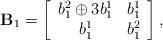
LaTeX: \begin{align*} \mathbf{B}_1 = \left[ \begin{array}{cc} b_1^2 \oplus 3b_1^1 & b_1^1 \\ b_1^1 & b_1^2 \\ \end{array} \right],\end{align*}